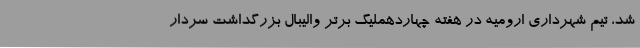
شد، تیم شهرداری ارومیه در هفته چهاردهملیگ برتر والیبال بزرگداشت سردار